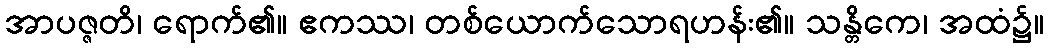
အာပဇ္ဇတိ၊ ရောက်၏။ ဧကဿ၊ တစ်ယောက်သောရဟန်း၏။ သန္တိကေ၊ အထံ၌။